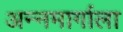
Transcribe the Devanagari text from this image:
अन्नमार्गाला